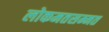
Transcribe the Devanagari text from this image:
लोकमतसम्मत